Report on vaccination in the Province of Bengal - 1874-1889
Year: 1874
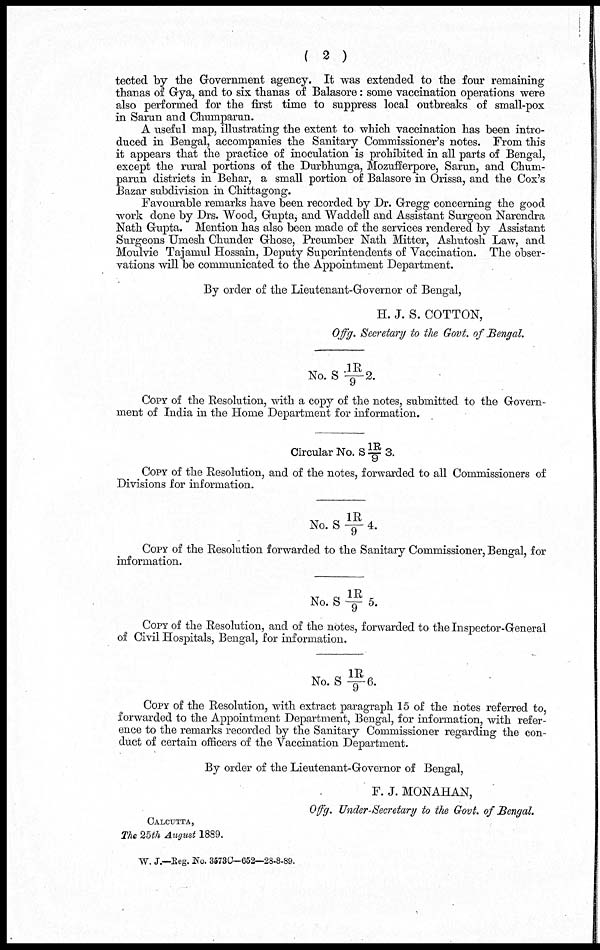
( 2 )
tected by the Government agency. It was extended to the four remaining
thanas of Gya, and to six thanas of Balasore: some vaccination operations were
also performed for the first time to suppress local outbreaks of small-pox
in Sarun and Chumparun.
A useful map, illustrating the extent to which vaccination has been intro-
duced in Bengal, accompanies the Sanitary Commissioner's notes. From this
it appears that the practice of inoculation is prohibited in all parts of Bengal,
except the rural portions of the Durbhunga, Mozufferpore, Sarun, and Chum-
parun districts in Behar, a small portion of Balasore in Orissa, and the Cox's
Bazar subdivision in Chittagong.
Favourable remarks have been recorded by Dr. Gregg concerning the good
work done by Drs. Wood, Gupta, and Waddell and Assistant Surgeon Narendra
Nath Gupta. Mention has also been made of the services rendered by Assistant
Surgeons Umesh Chunder Ghose, Preumber Nath Mitter, Ashutosh Law, and
Moulvie Tajamul Hossain, Deputy Superintendents of Vaccination. The obser-
vations will be communicated to the Appointment Department.
By order of the Lieutenant-Governor of Bengal,
H. J. S. COTTON,
Offg. Secretary to the Govt. of Bengal.
No. S 1R/9 2.
COPY of the Resolution, with a copy of the notes, submitted to the Govern-
ment of India in the Home Department for information.
Circular No. S 1R/9 3.
COPY of the Resolution, and of the notes, forwarded to all Commissioners of
Divisions for information.
No. S 1R/9 4.
COPY of the Resolution forwarded to the Sanitary Commissioner, Bengal, for
information.
No. S 1R/9 5.
COPY of the Resolution, and of the notes, forwarded to the Inspector-General
of Civil Hospitals, Bengal, for information.
No. S 1R/9 6.
COPY of the Resolution, with extract paragraph 15 of the notes referred to,
forwarded to the Appointment Department, Bengal, for information, with refer-
ence to the remarks recorded by the Sanitary Commissioner regarding the con-
duct of certain officers of the Vaccination Department.
By order of the Lieutenant-Governor of Bengal,
F. J. MONAHAN,
Offg. Under-Secretary to the Govt. of Bengal.
CALCUTTA,
The 25th August 1889.
W. J.—Reg. No. 3573C—652—28-8-89.